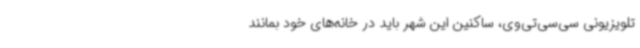
تلویزیونی سی‌سی‌تی‌وی، ساکنین این شهر باید در خانه‌های خود بمانند